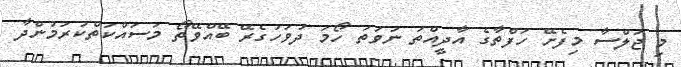
މި ޖަލްސާ މިފެށޭ ހަފްތާގެ އާދީއްތަ ނުވަތަ ހޯމަ ދުވަހުގެރޭ ބޭއްވޭތޯ މަސައްކަތްކުރަމުންދާ